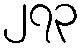
၂၇၃